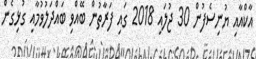
އާކްއާއި ޔުނިސެފުން 30 ޖުލައި 2018 ގައި ފަރާތުން ބޭއްވި ބައްދަލުވުމާއި ގުޅިގެން